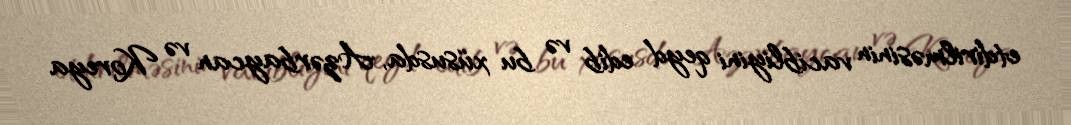
etdirilməsinin vacibliyini qeyd edib və bu xüsusda, Azərbaycan və Koreya